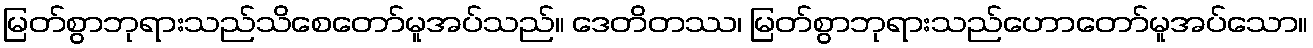
မြတ်စွာဘုရားသည်သိစေတော်မူအပ်သည်။ ဒေတိတဿ၊ မြတ်စွာဘုရားသည်ဟောတော်မူအပ်သော။